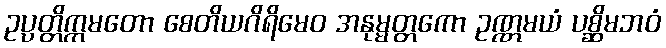
ဥပ္ပတ္တိက္ကမတော စေတိယဂိရိမေဝ အနုမ္မတ္တကော ဥဏ္ဏမယံ ပစ္ဆိမဘဝံ